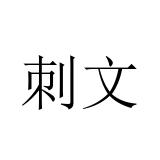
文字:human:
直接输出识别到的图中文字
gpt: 刺文